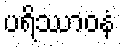
ပရိဿာဝနံ